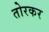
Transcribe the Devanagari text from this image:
तोरकर